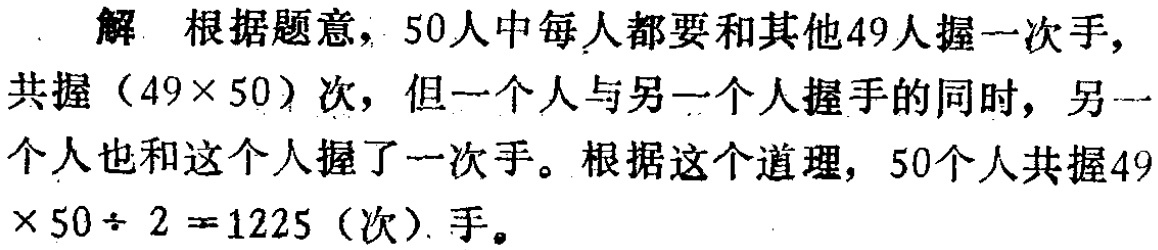
解 根据题意，50人中每人都要和其他49人握一次手,

共握（\(49\times50\)）次，但一个人与另一个人握手的同时，另一

个人也和这个人握了一次手。根据这个道理，50个人共握\(49

\times50\div 2 = 1225\)（次）手。